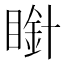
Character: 𭿒